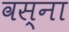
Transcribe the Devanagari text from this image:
वस्ना